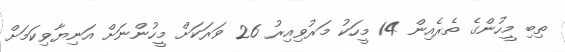
ތިބި މީހުންގެ ތެރެއިން 14 މީހަކު މަރުވިއިރު 26 ވަރަކަށް މީހުންނަށް އަނިޔާވިކަމަށް